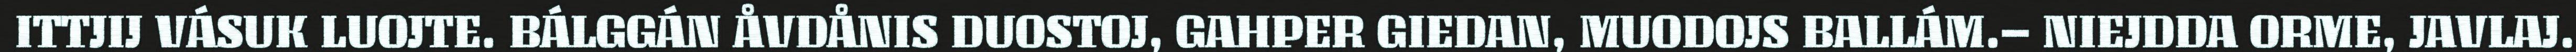
ITTJIJ VÁSUK LUOJTE. BÁLGGÁN ÅVDÅNIS DUOSTOJ, GAHPER GIEDAN, MUODOJS BALLÁM.– NIEJDDA ORME, JAVLAJ.